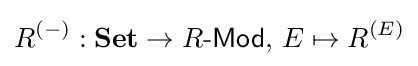
R^{(-)}:{\textbf {Set}}\to R{\text{-}}{\mathsf {Mod}},\,E\mapsto R^{(E)}